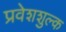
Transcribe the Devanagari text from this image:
प्रवेशशुल्क